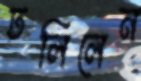
ঢলিলেন